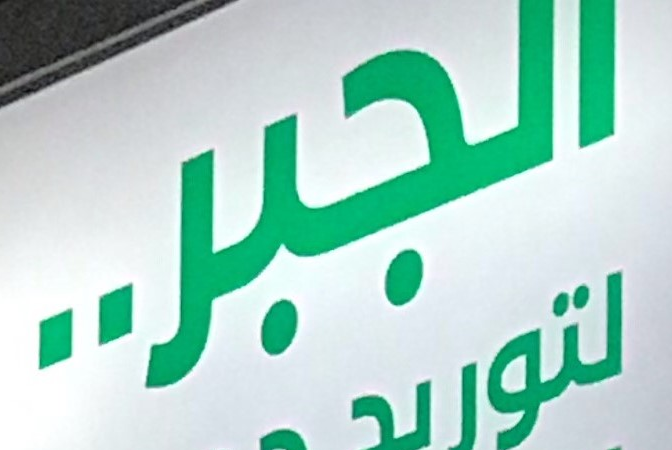
الجبر..